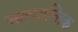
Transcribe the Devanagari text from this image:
आत्यान्तिक